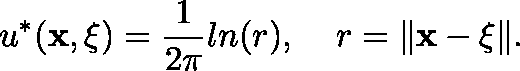
u ^ { * } ( \mathbf { x , { \mathbf \xi } } ) = \frac { 1 } { 2 \pi } l n ( r ) , \; \; \; \; r = \| \mathbf { x - { \mathbf \xi } } \| .